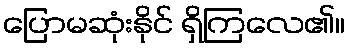
ပြောမဆုံးနိုင် ရှိကြလေ၏။